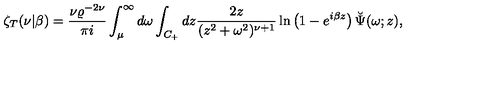
\zeta _ { T } ( \nu | \beta ) = { \frac { \nu \varrho ^ { - 2 \nu } } { \pi i } } \int _ { \mu } ^ { \infty } d \omega \int _ { C _ { + } } d z { \frac { 2 z } { ( z ^ { 2 } + \omega ^ { 2 } ) ^ { \nu + 1 } } } \ln \left( 1 - e ^ { i \beta z } \right) \breve { \Psi } ( \omega ; z ) ,